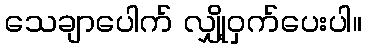
သေချာပေါက် လျှို့ဝှက်ပေးပါ။